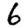
Digit: 6